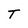
Character: T